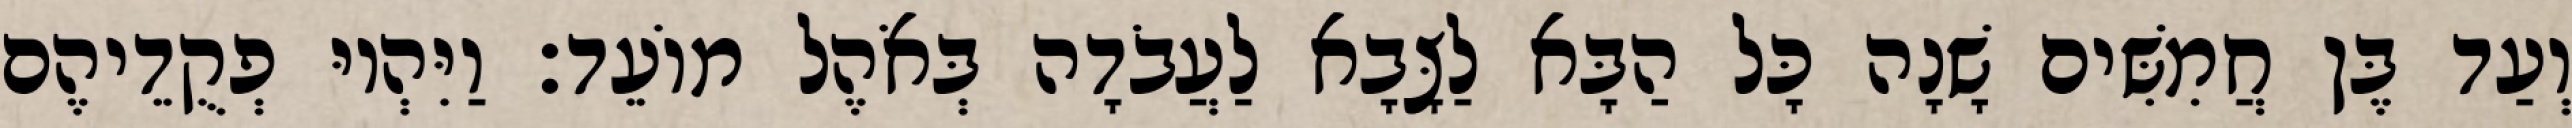
וְעַד בֶּן חֲמִשִּׁים שָׁנָה כָּל הַבָּא לַצָּבָא לַעֲבֹדָה בְּאֹהֶל מוֹעֵד׃ וַיִּהְיוּ פְקֻדֵיהֶם